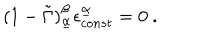
LaTeX: ( 1 - \tilde { \Gamma } ) _ { \underline { { { \alpha } } } } ^ { \beta } \epsilon _ { c o n s t } ^ { \underline { { { \alpha } } } } = 0 \ .